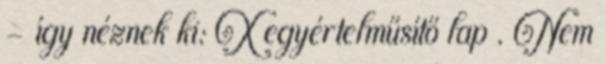
- így néznek ki: X egyértelműsítő lap . Nem